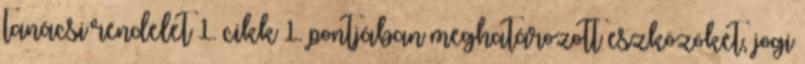
tanácsi rendelet 1. cikk 1. pontjában meghatározott eszközöket, jogi